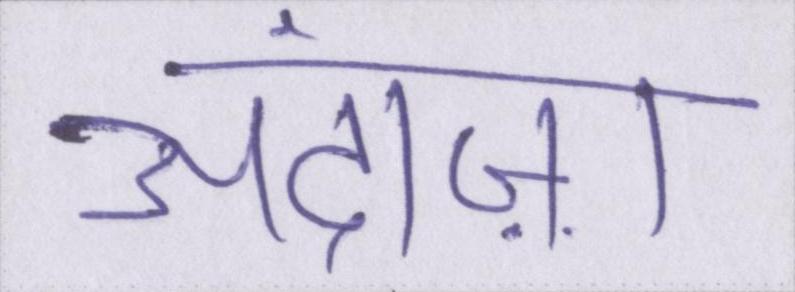
अंदाज़ा